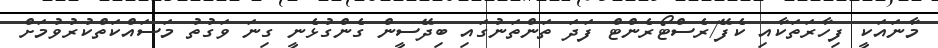
މާނައަކީ ފިހާރަތަކާއި ކެފޭ/ރެސްޓޯރެންޓް ފަދަ ތަންތަނުގައި ބިދޭސީން ގެންގުޅެނީ ގިނަ ވަގުތު މަސައްކަތްކުރުވުމަށް